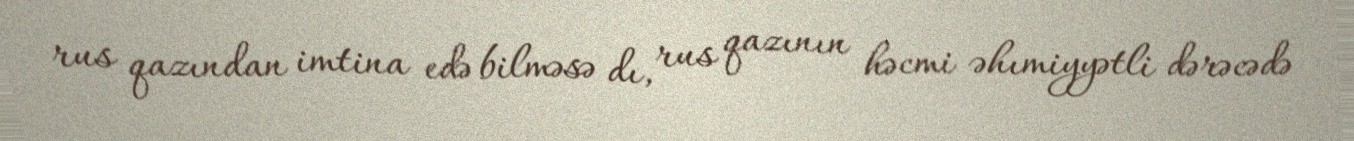
rus qazından imtina edə bilməsə dı, rus qazının həcmi əhımiyyətli dərəcədə